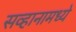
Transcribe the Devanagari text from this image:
सव्हानामध्ये